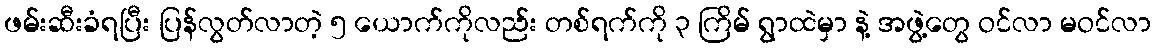
ဖမ်းဆီးခံရပြီး ပြန်လွတ်လာတဲ့ ၅ ယောက်ကိုလည်း တစ်ရက်ကို ၃ ကြိမ် ရွာထဲမှာ နဲ့ အဖွဲ့တွေ ဝင်လာ မဝင်လာ